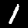
Label: 1